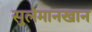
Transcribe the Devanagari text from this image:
सुलेमानखान